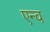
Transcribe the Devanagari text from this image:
एन्व